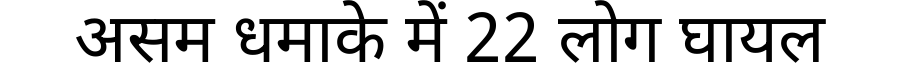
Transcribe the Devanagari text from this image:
असम धमाके में 22 लोग घायल